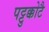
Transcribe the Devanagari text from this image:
पट्टुक्कोटै